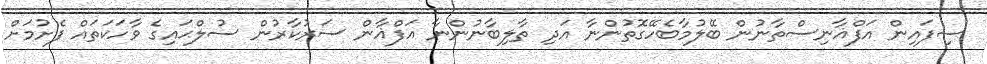
ސިފައިން އަފްޣާނިސްތާނުން ބޭލުމާބެހޭގޮތުންނާ އަދި ތާލިބާނުންނާ އަފްޣާން ސަރުކާރުން ސުލްޙައިގެ ވާހަކަތައް ފެށުމަށް